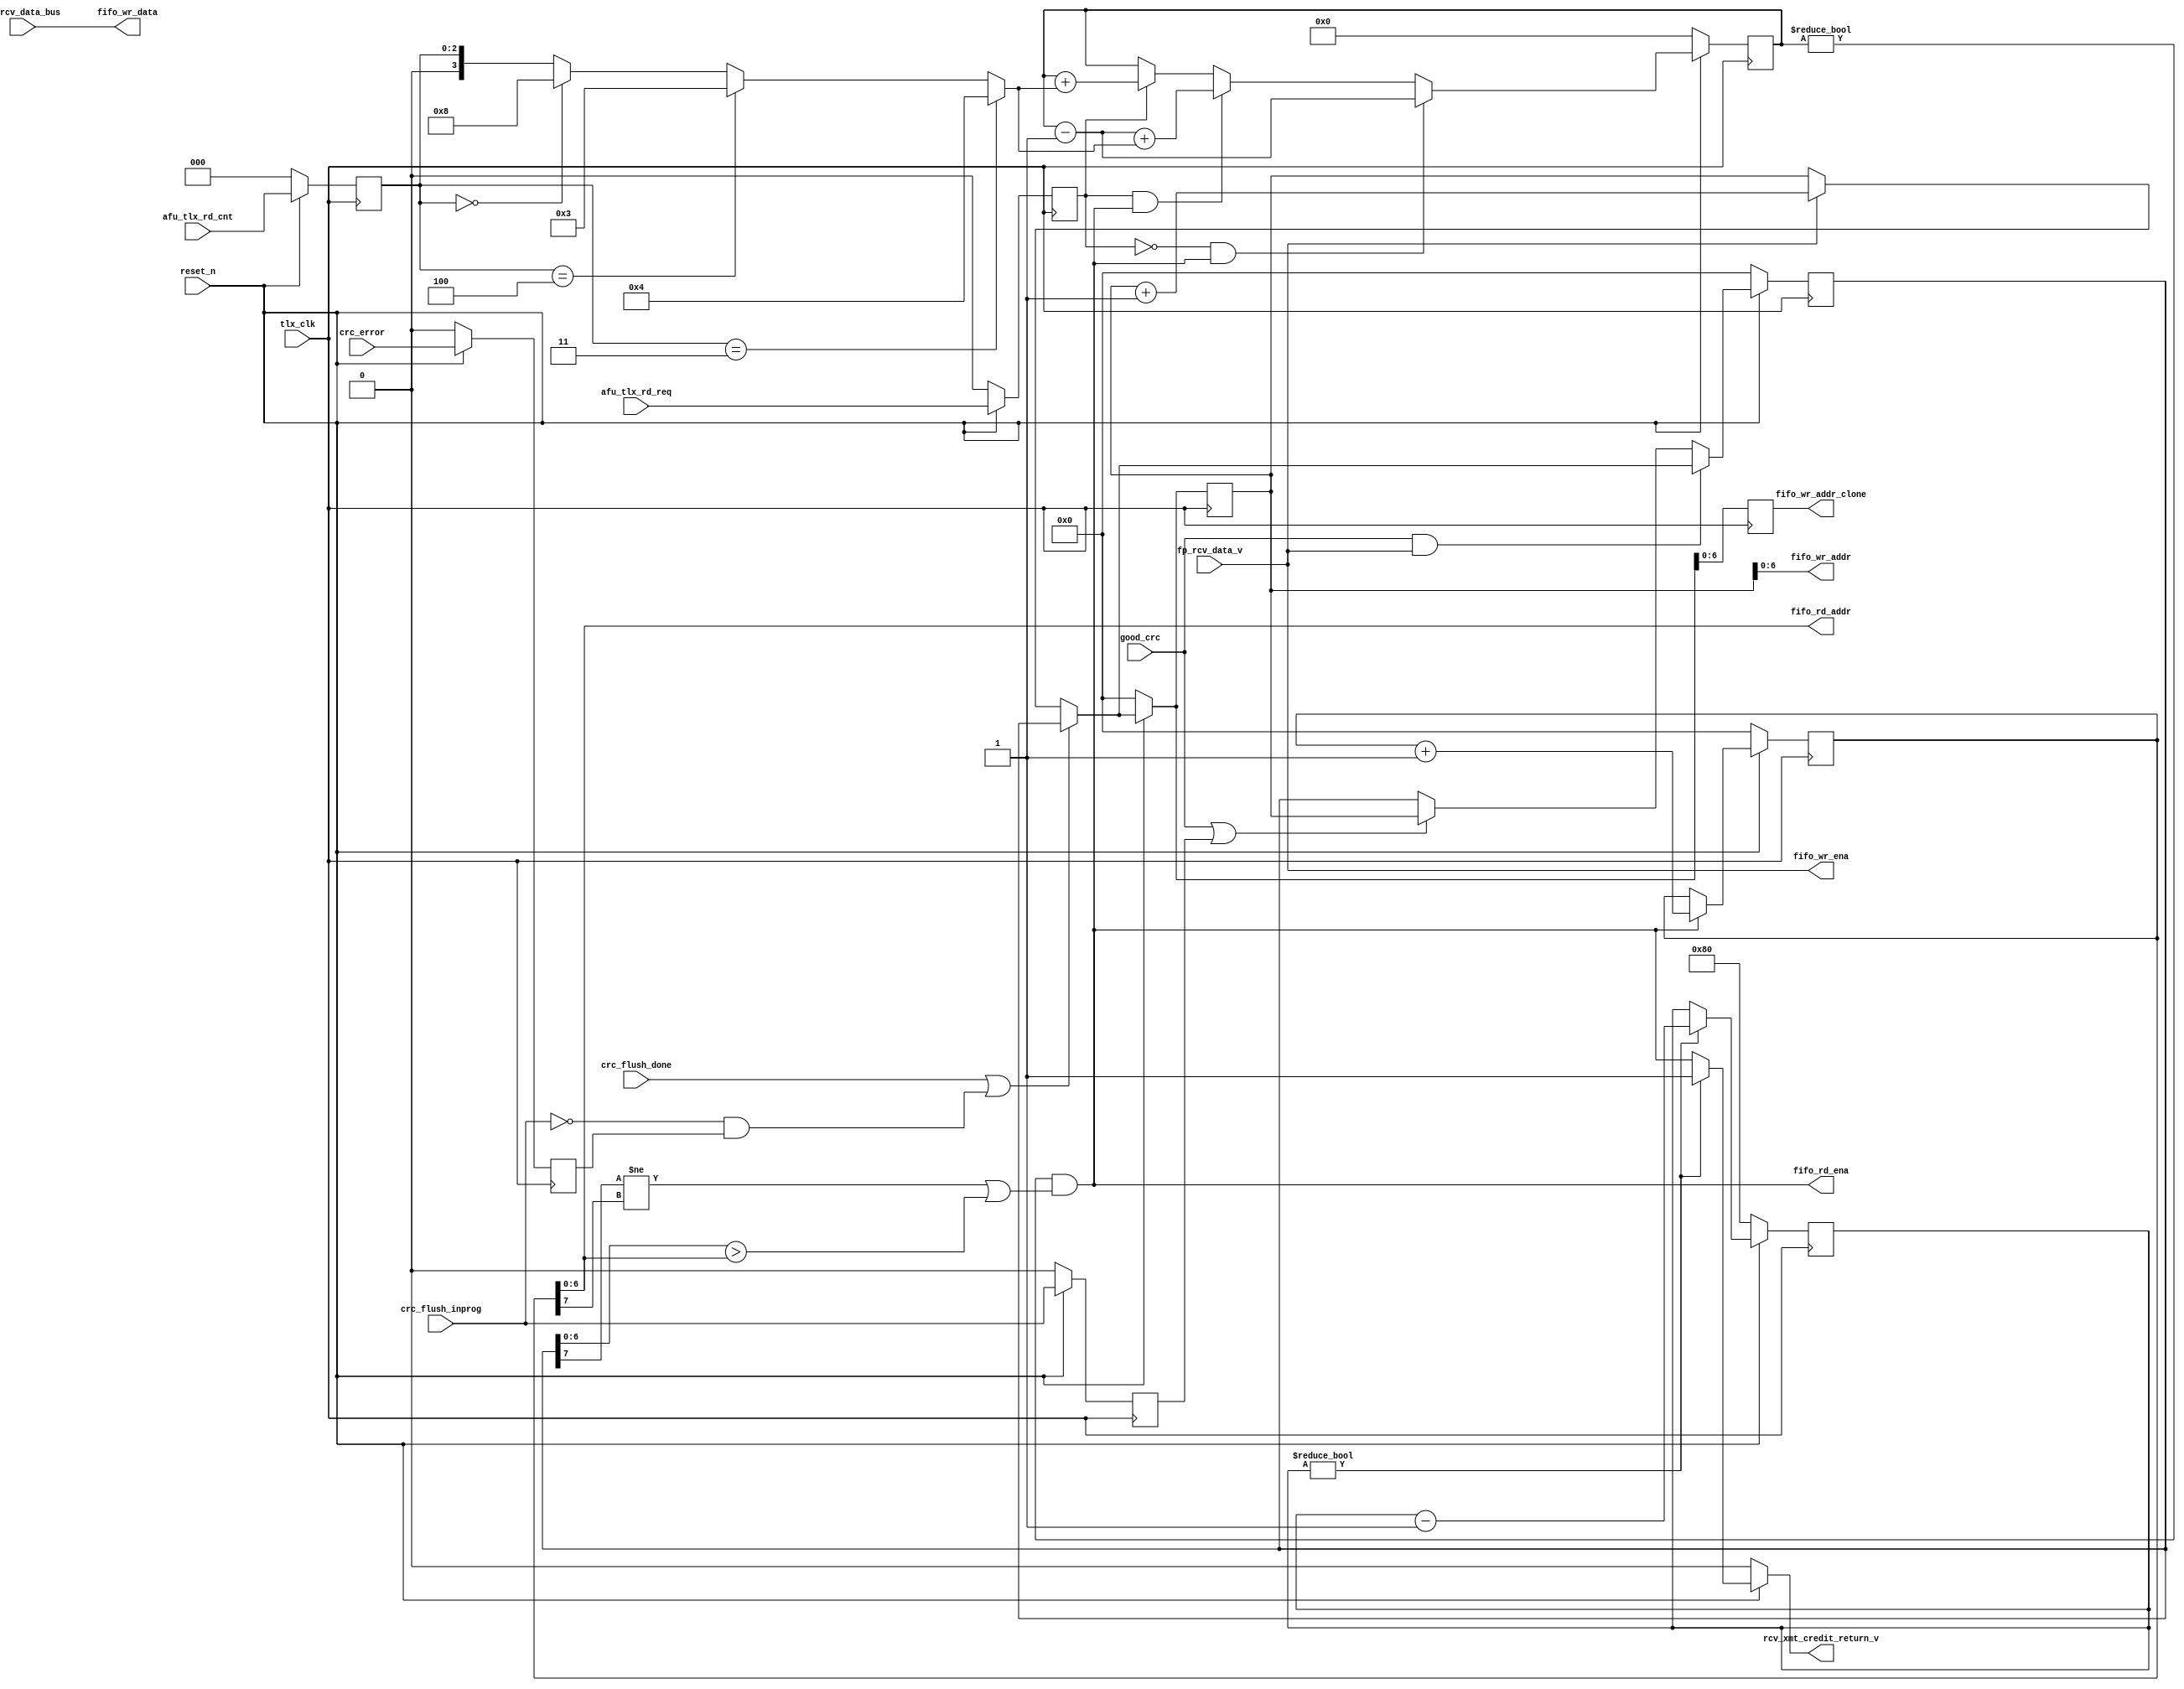
module ocx_tlx_dcp_fifo_ctl
    #(
    parameter addr_width = 7
    )
    (
    input  good_crc,
    input  crc_flush_done,
    input  crc_flush_inprog,
    input  fp_rcv_data_v,
    input  [511:0] fp_rcv_data_bus,
    input  [2:0] afu_tlx_rd_cnt,
    input  afu_tlx_rd_req,
    output fifo_wr_ena,
    output [addr_width-1:0] fifo_wr_addr,
    output [addr_width-1:0] fifo_wr_addr_clone,
    output [511:0] fifo_wr_data,
    output fifo_rd_ena,
    output [addr_width-1:0] fifo_rd_addr,
    output rcv_xmt_credit_return_v,
    input  crc_error,
    input  tlx_clk,
    input  reset_n
    );
wire [addr_width:0] fifo_wr_ptr_din,fifo_rd_ptr_din,fifo_wr_verif_ptr_din;
reg  [addr_width:0] fifo_wr_ptr_dout,fifo_rd_ptr_dout,fifo_wr_verif_ptr_dout,fifo_wr_ptr_dout_clone;
wire [addr_width-1:0] fifo_rd_cnt_din;
reg  [addr_width-1:0] fifo_rd_cnt_dout;
wire fifo_rd_ena_int;
wire [addr_width:0] fifo_wr_ptr_plus1, fifo_rd_ptr_plus1;
// reg  [addr_width:0] credit_init_cnt_reg = 2**(addr_width); 
reg  [addr_width:0] credit_init_cnt_reg; 
wire [3:0] afu_rd_cnt_decode;
wire crc_error_din;
reg  crc_error_dout;
wire crc_flush_inprog_din;
reg  crc_flush_inprog_dout;
//timing fix
wire [2:0] afu_rd_cnt_din;
reg  [2:0] afu_rd_cnt_dout;
wire afu_rd_req_din;
reg  afu_rd_req_dout;
always @(posedge tlx_clk)
begin
    if (!reset_n)
    begin
    fifo_wr_ptr_dout <= {addr_width+1{1'b0}};
    fifo_wr_ptr_dout_clone <= {addr_width+1{1'b0}};
    fifo_wr_verif_ptr_dout <= {addr_width+1{1'b0}};
    fifo_rd_ptr_dout <= {addr_width+1{1'b0}};
    fifo_rd_cnt_dout <= {addr_width{1'b0}};
//  credit_init_cnt_reg <= 2**(addr_width);
    credit_init_cnt_reg <= {1'b1, {addr_width{1'b0}} };
    crc_error_dout <= 1'b0;
    crc_flush_inprog_dout <= 1'b0;
    afu_rd_cnt_dout <= 3'b0;
    afu_rd_req_dout <= 1'b0;
    //NJO TODO on reset do I need to restart init credits?
    end
    else
    begin
    if(credit_init_cnt_reg != {addr_width+1{1'b0}})
        begin
        credit_init_cnt_reg <= credit_init_cnt_reg - {{addr_width{1'b0}}, 1'b1};
        end
    fifo_wr_ptr_dout <= fifo_wr_ptr_din;
    fifo_wr_ptr_dout_clone <= fifo_wr_ptr_din;
    fifo_wr_verif_ptr_dout <= fifo_wr_verif_ptr_din;
    fifo_rd_ptr_dout <= fifo_rd_ptr_din;  
    fifo_rd_cnt_dout <= fifo_rd_cnt_din; 
    crc_error_dout <= crc_error_din;
    crc_flush_inprog_dout <= crc_flush_inprog_din;
    afu_rd_cnt_dout <= afu_rd_cnt_din;
    afu_rd_req_dout <= afu_rd_req_din;    
    end 
end

//Unused signals
wire unused_intentionally;
assign unused_intentionally = fifo_wr_ptr_dout_clone[addr_width];
//
assign afu_rd_req_din = afu_tlx_rd_req;
assign afu_rd_cnt_din = afu_tlx_rd_cnt;
assign crc_flush_inprog_din = crc_flush_inprog;
assign crc_error_din = crc_error;
assign afu_rd_cnt_decode = (afu_rd_cnt_dout == 3'b011) ? 4'b0100 :
                           (afu_rd_cnt_dout == 3'b100) ? 4'b0011 : 
                           (afu_rd_cnt_dout == 3'b000) ? 4'b1000 : {1'b0,afu_rd_cnt_dout};                                
//Read Request Logic
assign fifo_rd_ena_int = (fifo_rd_cnt_dout != {addr_width{1'b0}}) & ((fifo_wr_verif_ptr_dout[addr_width] != fifo_rd_ptr_dout[addr_width]) | (fifo_wr_verif_ptr_dout[addr_width-1:0] > fifo_rd_ptr_dout[addr_width-1:0])) ; //if read count is not equal to zero
assign fifo_rd_cnt_din = (~afu_rd_req_dout && fifo_rd_ena_int) ? fifo_rd_cnt_dout - {{addr_width-1{1'b0}}, 1'b1} :
                         (afu_rd_req_dout && fifo_rd_ena_int)  ? (fifo_rd_cnt_dout - {{addr_width-1{1'b0}}, 1'b1}) + {{addr_width-4{1'b0}}, afu_rd_cnt_decode[3:0]} : 
                         (afu_rd_req_dout)                     ? fifo_rd_cnt_dout + {{addr_width-4{1'b0}}, afu_rd_cnt_decode[3:0]} : fifo_rd_cnt_dout;                         
//Write Pointer Bit 6 of pointers are an overflow bit
assign fifo_wr_ptr_plus1 = fifo_wr_ptr_dout + {{addr_width{1'b0}}, 1'b1};
assign fifo_wr_ptr_din = (crc_flush_done || (~crc_flush_inprog && crc_error_dout)) ? fifo_wr_verif_ptr_dout : 
                         fp_rcv_data_v  ? fifo_wr_ptr_plus1      : fifo_wr_ptr_dout;
                            
assign fifo_wr_verif_ptr_din = (good_crc && fp_rcv_data_v) ? fifo_wr_ptr_din :
                               (good_crc || crc_flush_inprog_dout) ? fifo_wr_ptr_dout : fifo_wr_verif_ptr_dout;                                               
//Read Pointer
assign fifo_rd_ptr_plus1 = fifo_rd_ptr_dout + {{addr_width{1'b0}}, 1'b1};
assign fifo_rd_ptr_din = fifo_rd_ena_int ? fifo_rd_ptr_plus1 : fifo_rd_ptr_dout;
//FIFO Outputs
assign fifo_wr_ena = fp_rcv_data_v;
assign fifo_wr_addr = fifo_wr_ptr_dout[addr_width-1:0];
assign fifo_wr_addr_clone = fifo_wr_ptr_dout_clone[addr_width-1:0]; //cloned write address to ease timing
assign fifo_wr_data = fp_rcv_data_bus;
assign fifo_rd_ena = fifo_rd_ena_int;
assign fifo_rd_addr = fifo_rd_ptr_dout[addr_width-1:0];
//credit return
//assign credit_init_cnt_din = (credit_init_cnt_dout != 0) ? credit_init_cnt_dout - 1 : credit_init_cnt_dout;
assign rcv_xmt_credit_return_v = (!reset_n) ? 1'b0 : 
                                 (credit_init_cnt_reg != {addr_width+1{1'b0}}) ? 1'b1 : fifo_rd_ena_int;
//bdi ptr
 

endmodule